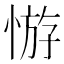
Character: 𢝡